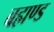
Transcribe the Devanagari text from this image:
बह्मण्ड